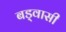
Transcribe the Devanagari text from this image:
बड्वासी